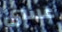
عسى